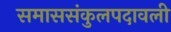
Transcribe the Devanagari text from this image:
समाससंकुलपदावली